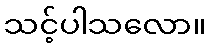
သင့်ပါသလော။